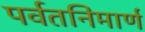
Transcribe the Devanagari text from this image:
पर्वतनिमार्ण